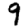
Digit: 9